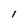
Character: l